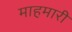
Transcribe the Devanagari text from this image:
माहमारी